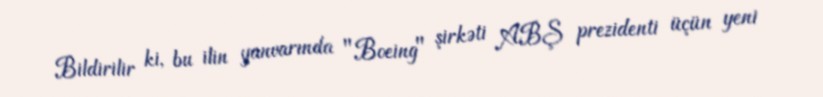
Bildirilir ki, bu ilin yanvarında "Boeing" şirkəti ABŞ prezidenti üçün yeni